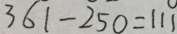
3 6 1 - 2 5 0 = 1 1 1